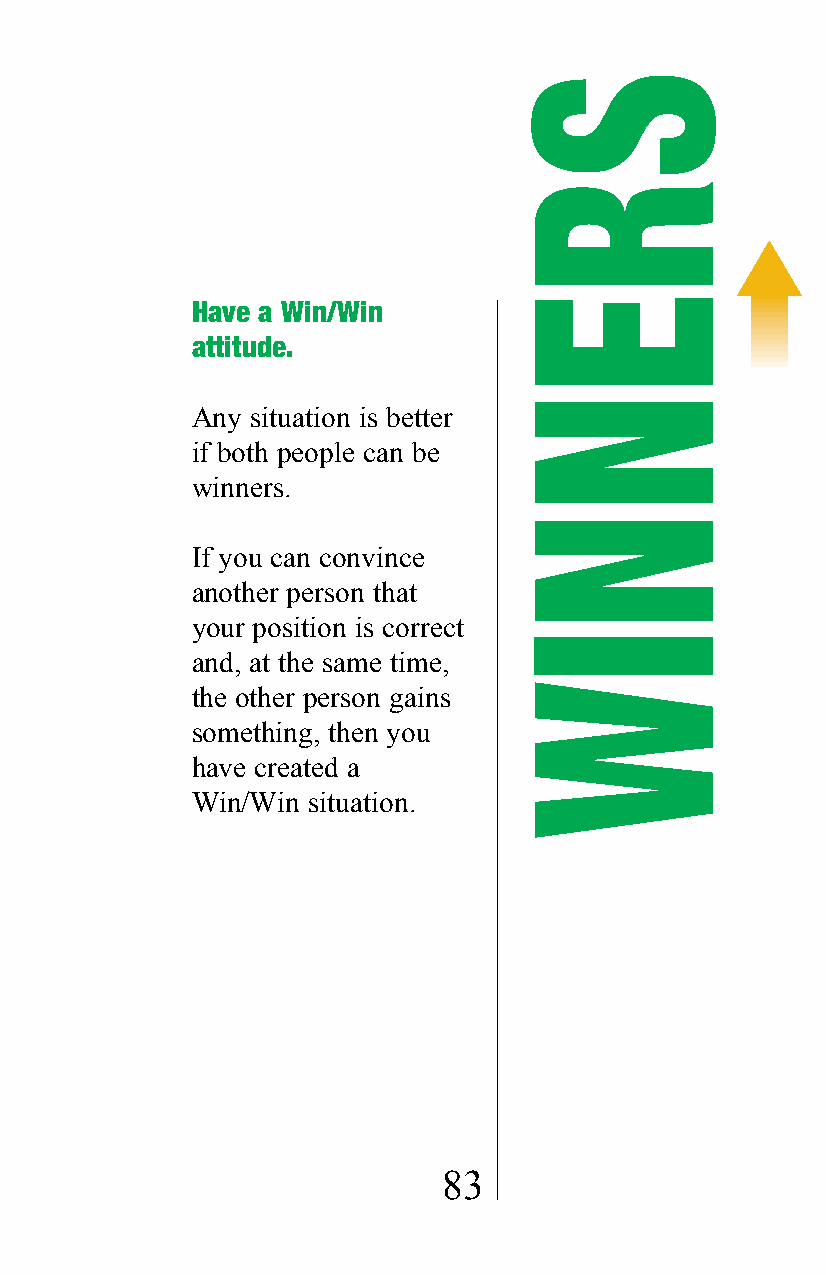
Have a Win/Win
 attitude.
 Any situation is better
 if both people can be
 winners.
 If you can convince
 another person that
 your position is correct
 and, at the same time,
 the other person gains
 something, then you
 have created a
 Win/Win situation.
 83
 SRENNIW